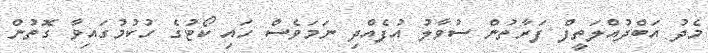
މެދު އަބްދުއްލަތީފް ފަރާތުން ސުވާލު އުފެއްދި ނަމަވެސް ހައި ކޯޓުގެ ހުކުމުގައިވާ ގޮތުން